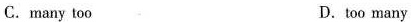
C.many too D.too many